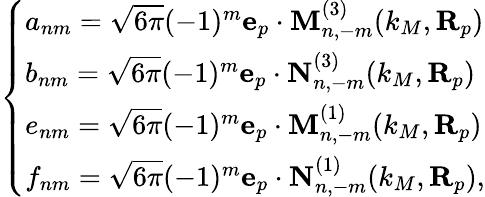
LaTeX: \left\{ \begin{array}{ll}{a_{nm}=\sqrt{6\pi}(-1)^{m}\mathbf{e}_{p}\cdot\mathbf{M}_{n,-m}^{(3)}(k_{M},\mathbf{R}_{p})}\\ {b_{nm}=\sqrt{6\pi}(-1)^{m}\mathbf{e}_{p}\cdot\mathbf{N}_{n,-m}^{(3)}(k_{M},\mathbf{R}_{p})}\\ {e_{nm}=\sqrt{6\pi}(-1)^{m}\mathbf{e}_{p}\cdot\mathbf{M}_{n,-m}^{(1)}(k_{M},\mathbf{R}_{p})}\\ {f_{nm}=\sqrt{6\pi}(-1)^{m}\mathbf{e}_{p}\cdot\mathbf{N}_{n,-m}^{(1)}(k_{M},\mathbf{R}_{p}),}\end{array}\right.